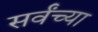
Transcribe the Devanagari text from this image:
सर्वंच्या